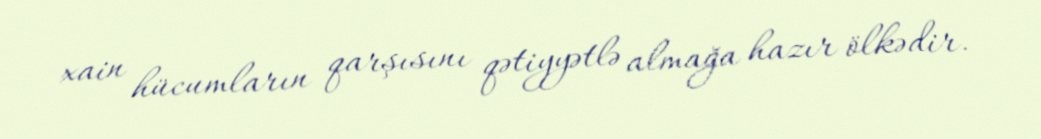
xain hücumların qarşısını qətiyyətlə almağa hazır ölkədir.